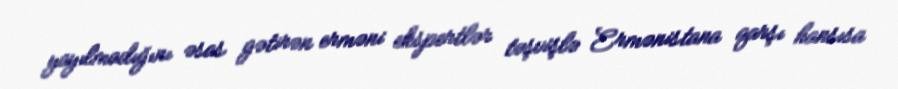
yayılmadığını əsas gətirən erməni ekspertlər təşvişlə Ermənistana qarşı hansısa